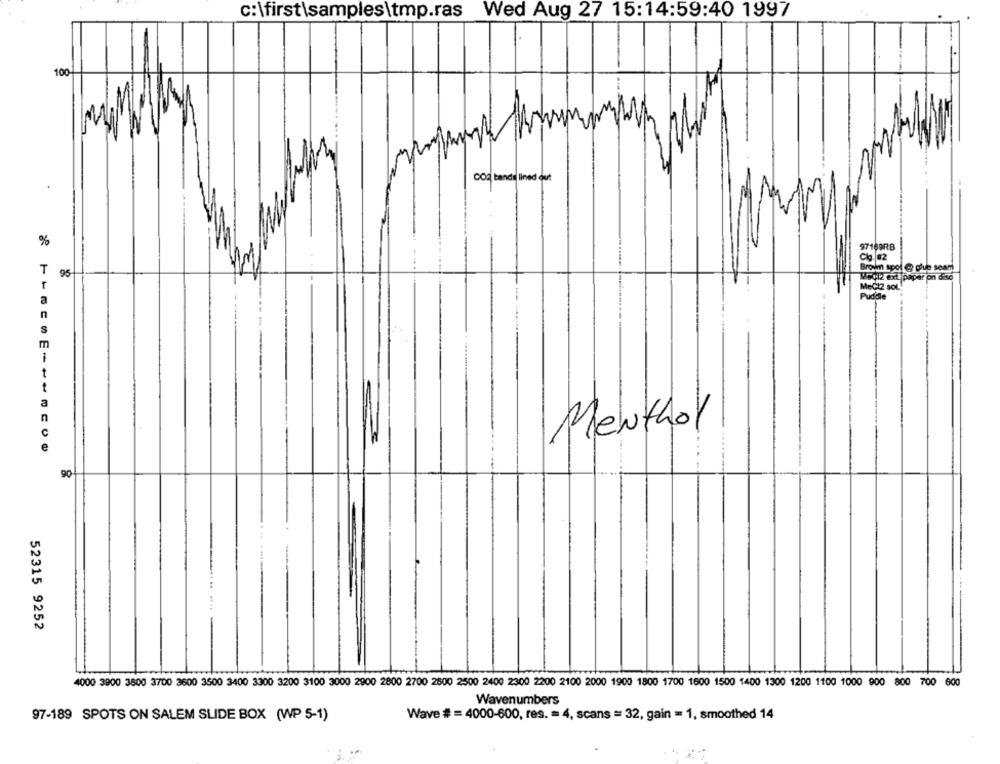
c: \first \samples\tmp.ras
Wed Aug 27 15:14:59:40 1997
100
M
CO2 bands lined out
%
97169RB
Browm spot @ clue seam
T
95
Weelz ext papar on 6:30
MeCt2 SOL.
a
Puddle
n
S
m
i
t
t
a
n
Menthol
C
e
90
....
52315 9252
4000 3900 3800 3700 3600 3500 3400 3300 3200 3100 3000 2900 2800 2700 2600 2500 2400 2300 2200 2100 2000 1900 1800 1700 1600 1500 1400 1300 1200 1100 1000 900 800 700 600
Wavenumbers
97-189 SPOTS ON SALEM SLIDE BOX (WP 5-1)
Wave # = 4000-600, res. = 4, scans = 32, gain = 1, smoothed 14